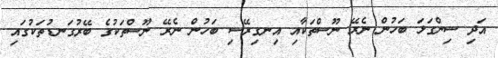
އަދި ސިންގަޅަ ބަހުން ނެރޭ ނޫސްތަކާއި އިނގިރޭސި ބަހުން ނެރޭ ނޫސްތަކުގެ ބޭރުގަނޑުތަކުގައި